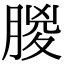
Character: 朡